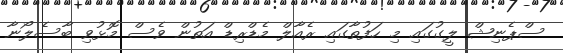
ސްޕެނިޝް ލީގުގައި މި ހަފުތާގައި ރެއާލް މެޑްރިޑް އަތުން ވެސް މޮޅުވި ބާސެލޯނާ